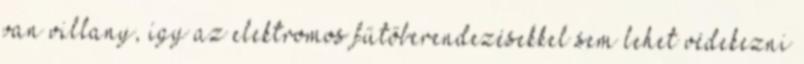
van villany, így az elektromos fűtőberendezésekkel sem lehet védekezni